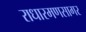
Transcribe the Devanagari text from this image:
राधारमणसागर